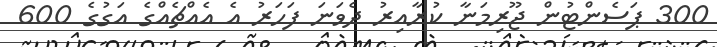
300 ޕަސެންޓުން ޖޫރިމަނާ ކުރާއިރު ދެވަނަ ފަހަރު އެ އެއްޗެއްގެ އަގުގެ 600